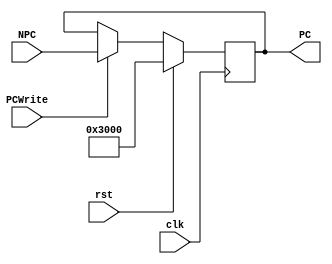
module pc(clk, rst, PCWrite, NPC, PC);
    input clk, rst;
    input PCWrite;

    input [31:0] NPC;
    output reg [31:0] PC;

    always @ (negedge clk)
    begin
        if(rst)
            PC <= 32'h0000_3000;
        else if(PCWrite)
            PC <= NPC;
    end

    // initial
    //     begin
    //       $display("cp");
    //     end
endmodule //pc